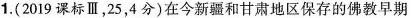
1.(2019课标Ⅲ，25，4分)在今新疆和甘肃地区保存的佛教早期